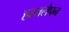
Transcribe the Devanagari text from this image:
हस्तलेपन